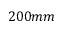
2 0 0 m m